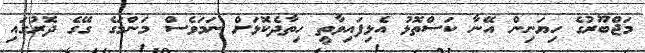
މަޖްބޫރުގެ ހިޔަނިން އޭނާ ކަސްތޮޅު އެޅިފައިވާތީ ހިތާދެކޮޅަށް ނަމަވެސް މަންމަގެ ގޭގެ ދޮރުގައި